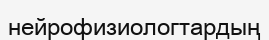
нейрофизиологтардың